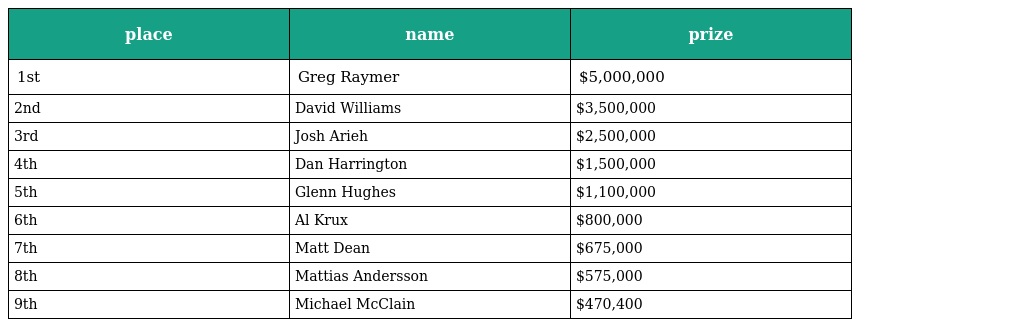
| place | name | prize |
 | --- | --- | --- |
 | 1st | Greg Raymer | $5,000,000 |
 | 2nd | David Williams | $3,500,000 |
 | 3rd | Josh Arieh | $2,500,000 |
 | 4th | Dan Harrington | $1,500,000 |
 | 5th | Glenn Hughes | $1,100,000 |
 | 6th | Al Krux | $800,000 |
 | 7th | Matt Dean | $675,000 |
 | 8th | Mattias Andersson | $575,000 |
 | 9th | Michael McClain | $470,400 |